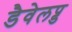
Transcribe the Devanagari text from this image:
डैवेलप्ड